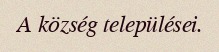
A község települései.